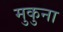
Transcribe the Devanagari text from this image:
मुकुना